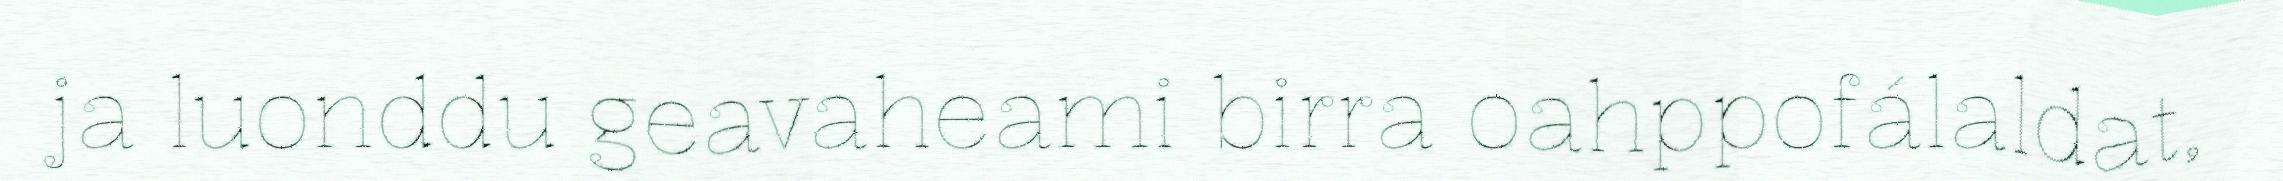
ja luonddu geavaheami birra oahppofálaldat,